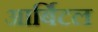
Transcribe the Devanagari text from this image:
आर्बिटल